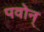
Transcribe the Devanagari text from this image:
पवोन्